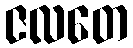
ဇလတေ